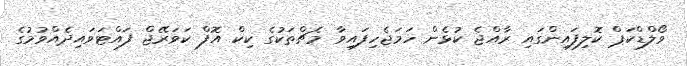
ވޯލްޑްކަޕް ކޮލިފައިންގައި ރާއްޖެ ކުޅެން ހަމަޖެހިފައިވާ މެޗްތަކުގެ ކިކް އޮފް ކަވަރޭޖް ފައްޓަވައިދެއްވުމުގެ